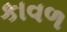
કાવળ